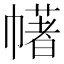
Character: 𢅔